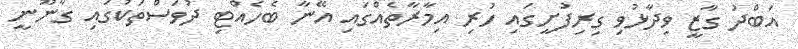
އަބްދު ގާޒީ ވިދާޅުވި ގިރިފުށީގައި ހުރި އިމާރާތެއްގައި އޭނާ ބެހެއްޓި ދުވަސްތަކުގައި ގާނޫނީ